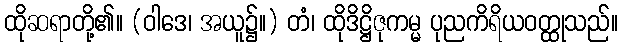
ထိုဆရာတို့၏။ (ဝါဒေ၊ အယူ၌။) တံ၊ ထိုဒိဋ္ဌိဇုကမ္မ ပုညကိရိယဝတ္ထုသည်။